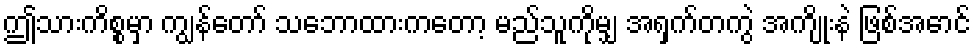
ဤသားကိစ္စမှာ ကျွန်တော် သဘောထားကတော့ မည်သူကိုမျှ အရှက်တကွဲ အကျိုးနဲ ဖြစ်အောင်